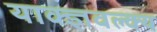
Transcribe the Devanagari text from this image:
याक्ज्ञवल्क्य